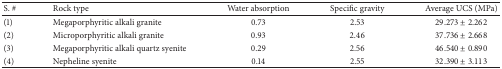
<table><thead><tr><td><b>S. #</b></td><td><b>Rock type</b></td><td><b>Water absorption</b></td><td><b>Specific gravity</b></td><td><b>Average UCS (MPa)</b></td></tr></thead><tbody><tr><td>(1)</td><td>Megaporphyritic alkali granite</td><td>0.73</td><td>2.53</td><td>29.273 ± 2.262</td></tr><tr><td>(2)</td><td>Microporphyritic alkali granite</td><td>0.93</td><td>2.46</td><td>37.736 ± 2.668</td></tr><tr><td>(3)</td><td>Megaporphyritic alkali quartz syenite</td><td>0.29</td><td>2.56</td><td>46.540 ± 0.890</td></tr><tr><td>(4)</td><td>Nepheline syenite</td><td>0.14</td><td>2.55</td><td>32.390 ± 3.113</td></tr></tbody></table>